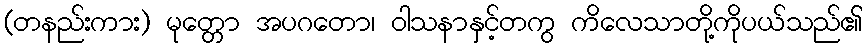
(တနည်းကား) မုတ္တော အပဂတော၊ ဝါသနာနှင့်တကွ ကိလေသာတို့ကိုပယ်သည်၏